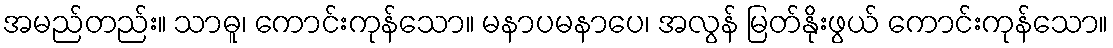
အမည်တည်း။ သာဓူ၊ ကောင်းကုန်သော။ မနာပမနာပေ၊ အလွန် မြတ်နိုးဖွယ် ကောင်းကုန်သော။